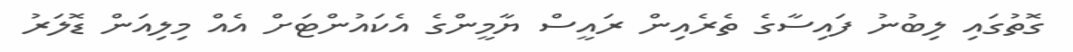
ގޮތުގައި ލިބުނު ފައިސާގެ ތެރެއިން ރައީސް ޔާމީންގެ އެކައުންޓަށް އެއް މިލިއަން ޑޮލަރު